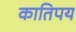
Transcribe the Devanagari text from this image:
कातिपय